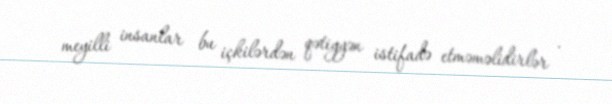
meyilli insanlar bu içkilərdən qətiyyən istifadə etməməlidirlər .